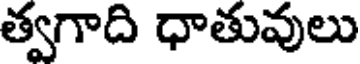
త్వగాది ధాతువులు